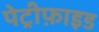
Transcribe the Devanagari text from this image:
पेट्रीफ़ाइड